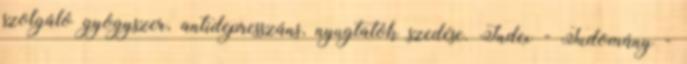
szolgáló gyógyszer, antidepresszáns, nyugtatók szedése. Index - Tudomány -